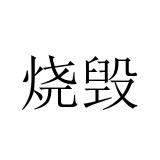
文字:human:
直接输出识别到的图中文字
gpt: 烧毁